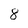
Character: 8